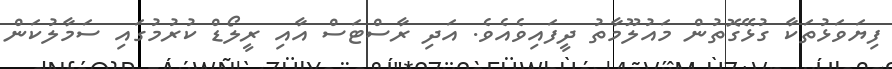
ފިޔަވަޅުތަކާ ގުޅޭގޮތުން މައުލޫމާތު ދީފައިވެއެވެ. އަދި ރާސްޓަސް އާއި ރީލޯޑް ކުރުމުގައި ސަމާލުކަން